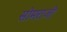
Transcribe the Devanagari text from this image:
सोमराजी